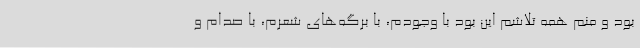
بود و منم همه تلاشم این بود با وجودم، با برگه‌های شعرم، با صدام و